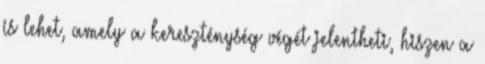
is lehet, amely a kereszténység végét jelentheti, hiszen a